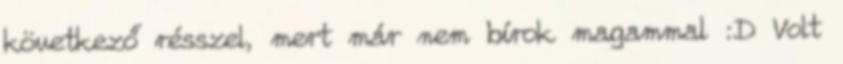
következő résszel, mert már nem bírok magammal :D Volt